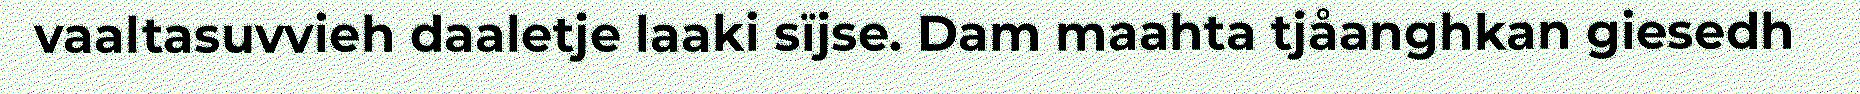
vaaltasuvvieh daaletje laaki sïjse. Dam maahta tjåanghkan giesedh